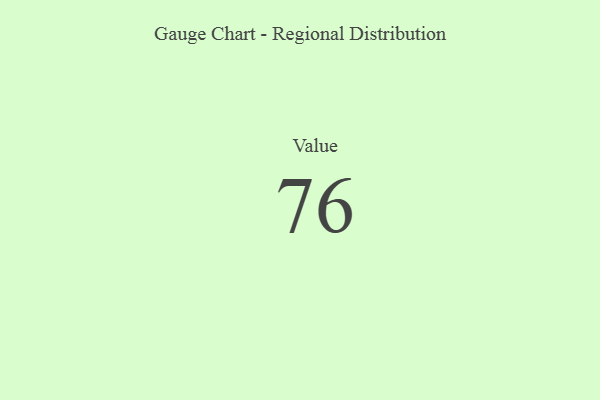
{"axis": {"x": "Metric", "y": "Value"}, "legend": [""], "data": [{"x": "Value", "y": 76, "type": ""}]}